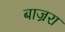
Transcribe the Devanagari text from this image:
बाज्ररा